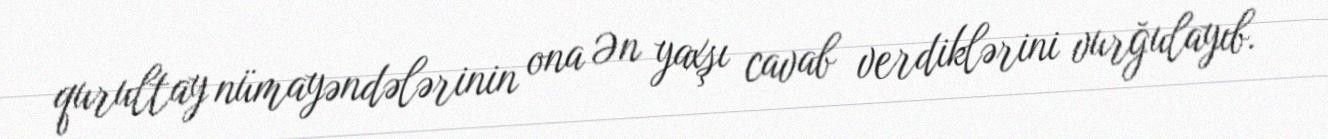
qurultay nümayəndələrinin ona Ən yaxşı cavab verdiklərini vurğulayıb.